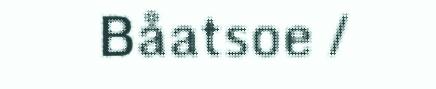
Båatsoe /